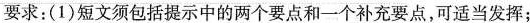
要求：(1)短文须包括提示中的两个要点和一个补充要点，可适当发挥；